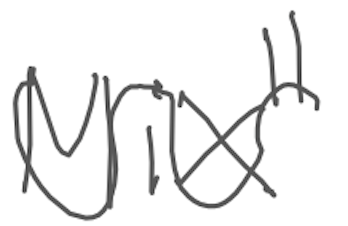
Text: Mix"
Cross-out: wave
Writing tool: digital_gray